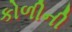
કોળીની